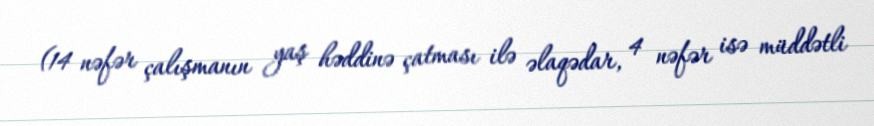
(14 nəfər çalışmanın yaş həddinə çatması ilə əlaqədar, 4 nəfər isə müddətli